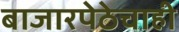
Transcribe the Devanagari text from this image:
बाजारपेठेचाही